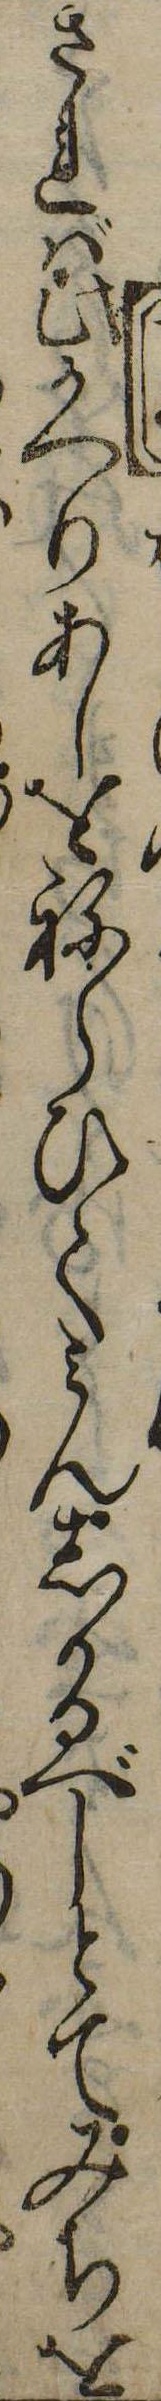
されば此かへりあしをねらひてみんしかるべしとてみちを